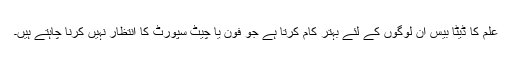
علم کا ڈیٹا بیس ان لوگوں کے لئے بہتر کام کرتا ہے جو فون یا چیٹ سپورٹ کا انتظار نہیں کرنا چاہتے ہیں۔